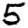
Digit: 5